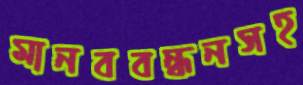
মানববন্ধনসহ